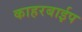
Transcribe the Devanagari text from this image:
काहरबाईप